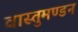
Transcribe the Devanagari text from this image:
वास्तुमण्डन